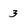
Character: 3